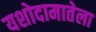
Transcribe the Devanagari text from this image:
यशोदामातेला